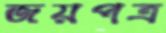
জয়পত্র